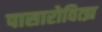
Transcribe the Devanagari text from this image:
पासारोवित्झ